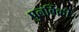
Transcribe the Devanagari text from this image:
पुनर्बिक्री